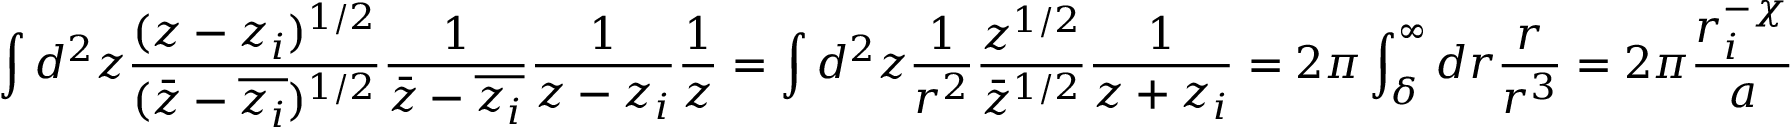
\int d ^ { 2 } z \frac { ( z - z _ { i } ) ^ { 1 / 2 } } { ( \bar { z } - \overline { { z _ { i } } } ) ^ { 1 / 2 } } \frac { 1 } { \bar { z } - \overline { { z _ { i } } } } \frac { 1 } { z - z _ { i } } \frac { 1 } { z } = \int d ^ { 2 } z \frac { 1 } { r ^ { 2 } } \frac { z ^ { 1 / 2 } } { \bar { z } ^ { 1 / 2 } } \frac { 1 } { z + z _ { i } } = 2 \pi \int _ { \delta } ^ { \infty } d r \frac { r } { r ^ { 3 } } = 2 \pi \frac { r _ { i } ^ { - \chi } } { a }